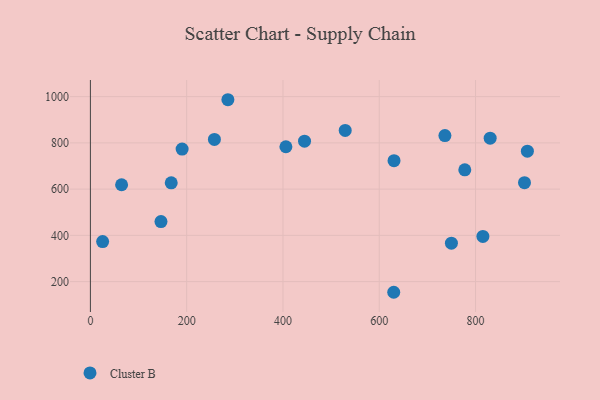
{"axis": {"x": "Ad Spend", "y": "Salary"}, "legend": ["Cluster B"], "data": [{"x": "630.7", "y": 723.0, "type": "Cluster B"}, {"x": "146.6", "y": 459.7, "type": "Cluster B"}, {"x": "285.6", "y": 986.6, "type": "Cluster B"}, {"x": "190.5", "y": 773.4, "type": "Cluster B"}, {"x": "830.4", "y": 820.2, "type": "Cluster B"}, {"x": "167.9", "y": 627.3, "type": "Cluster B"}, {"x": "907.7", "y": 764.3, "type": "Cluster B"}, {"x": "444.8", "y": 807.3, "type": "Cluster B"}, {"x": "749.9", "y": 366.2, "type": "Cluster B"}, {"x": "529.3", "y": 853.9, "type": "Cluster B"}, {"x": "406.1", "y": 783.3, "type": "Cluster B"}, {"x": "777.7", "y": 683.6, "type": "Cluster B"}, {"x": "630.1", "y": 154.0, "type": "Cluster B"}, {"x": "64.8", "y": 619.0, "type": "Cluster B"}, {"x": "901.7", "y": 628.1, "type": "Cluster B"}, {"x": "25.4", "y": 373.1, "type": "Cluster B"}, {"x": "815.3", "y": 395.5, "type": "Cluster B"}, {"x": "257.6", "y": 815.0, "type": "Cluster B"}, {"x": "736.4", "y": 831.5, "type": "Cluster B"}]}